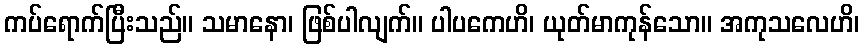
ကပ်ရောက်ပြီးသည်။ သမာနော၊ ဖြစ်ပါလျက်။ ပါပကေဟိ၊ ယုတ်မာကုန်သော။ အကုသလေဟိ၊